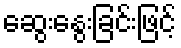
ဆွေးနွေးခြင်းဖြင့်